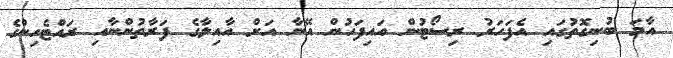
އާމަ ބުނިގޮތުގައި އެފަހަރު ރިސޯޓުން އައިފަހުން އޭނާ އަށް އާއިލާގެ ފަރާތުންނާއި ރައްޓެހިންގެ